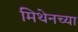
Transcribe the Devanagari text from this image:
मिथेनच्या